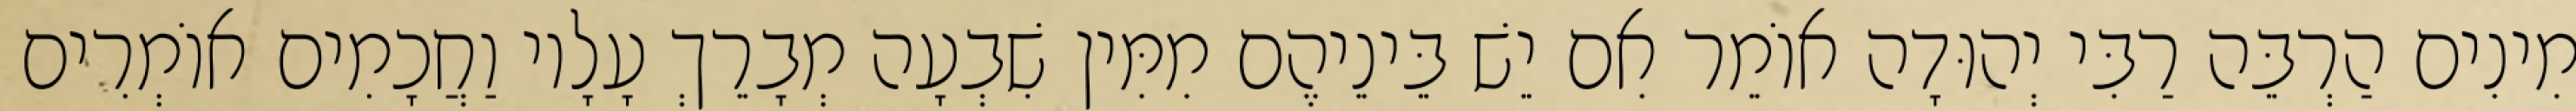
מִינִים הַרְבֵּה רַבִּי יְהוּדָה אוֹמֵר אִם יֵשׁ בֵּינֵיהֶם מִמִּין שִׁבְעָה מְבָרֵךְ עָלָיו וַחֲכָמִים אוֹמְרִים